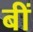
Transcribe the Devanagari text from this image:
बीं